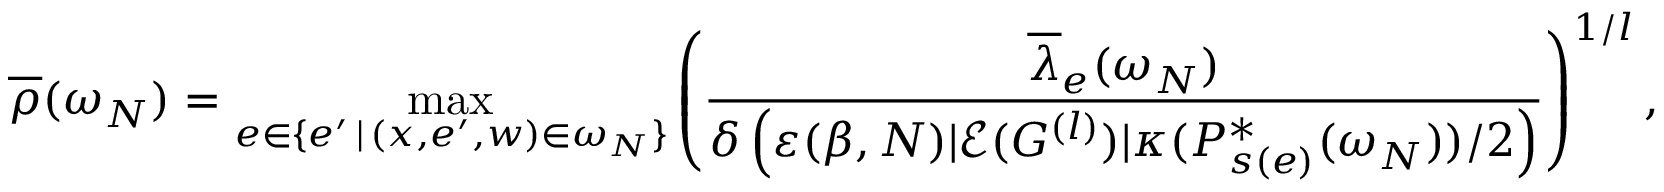
\overline { { \rho } } ( \omega _ { N } ) = \operatorname* { m a x } _ { e \in \{ e ^ { \prime } \, | \, ( x , e ^ { \prime } , w ) \in \omega _ { N } \} } \left( \frac { \overline { { \lambda } } _ { e } ( \omega _ { N } ) } { \delta \left( \varepsilon ( \beta , N ) | \mathcal { E } ( G ^ { ( l ) } ) | \kappa ( P _ { s ( e ) } ^ { * } ( \omega _ { N } ) ) / 2 \right) } \right) ^ { 1 / l } ,